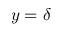
y = \delta